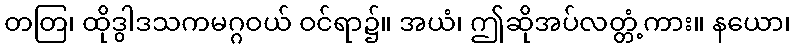
တတြ၊ ထိုဒွါဒသကမဂ္ဂဝယ် ဝင်ရာ၌။ အယံ၊ ဤဆိုအပ်လတ္တံ့ကား။ နယော၊